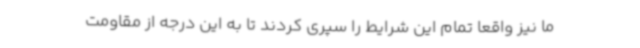
ما نیز واقعاً تمام این شرایط را سپری کردند تا به این درجه از مقاومت